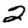
Digit: 2